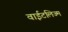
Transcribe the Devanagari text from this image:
वाईटलिज्म